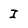
Character: I